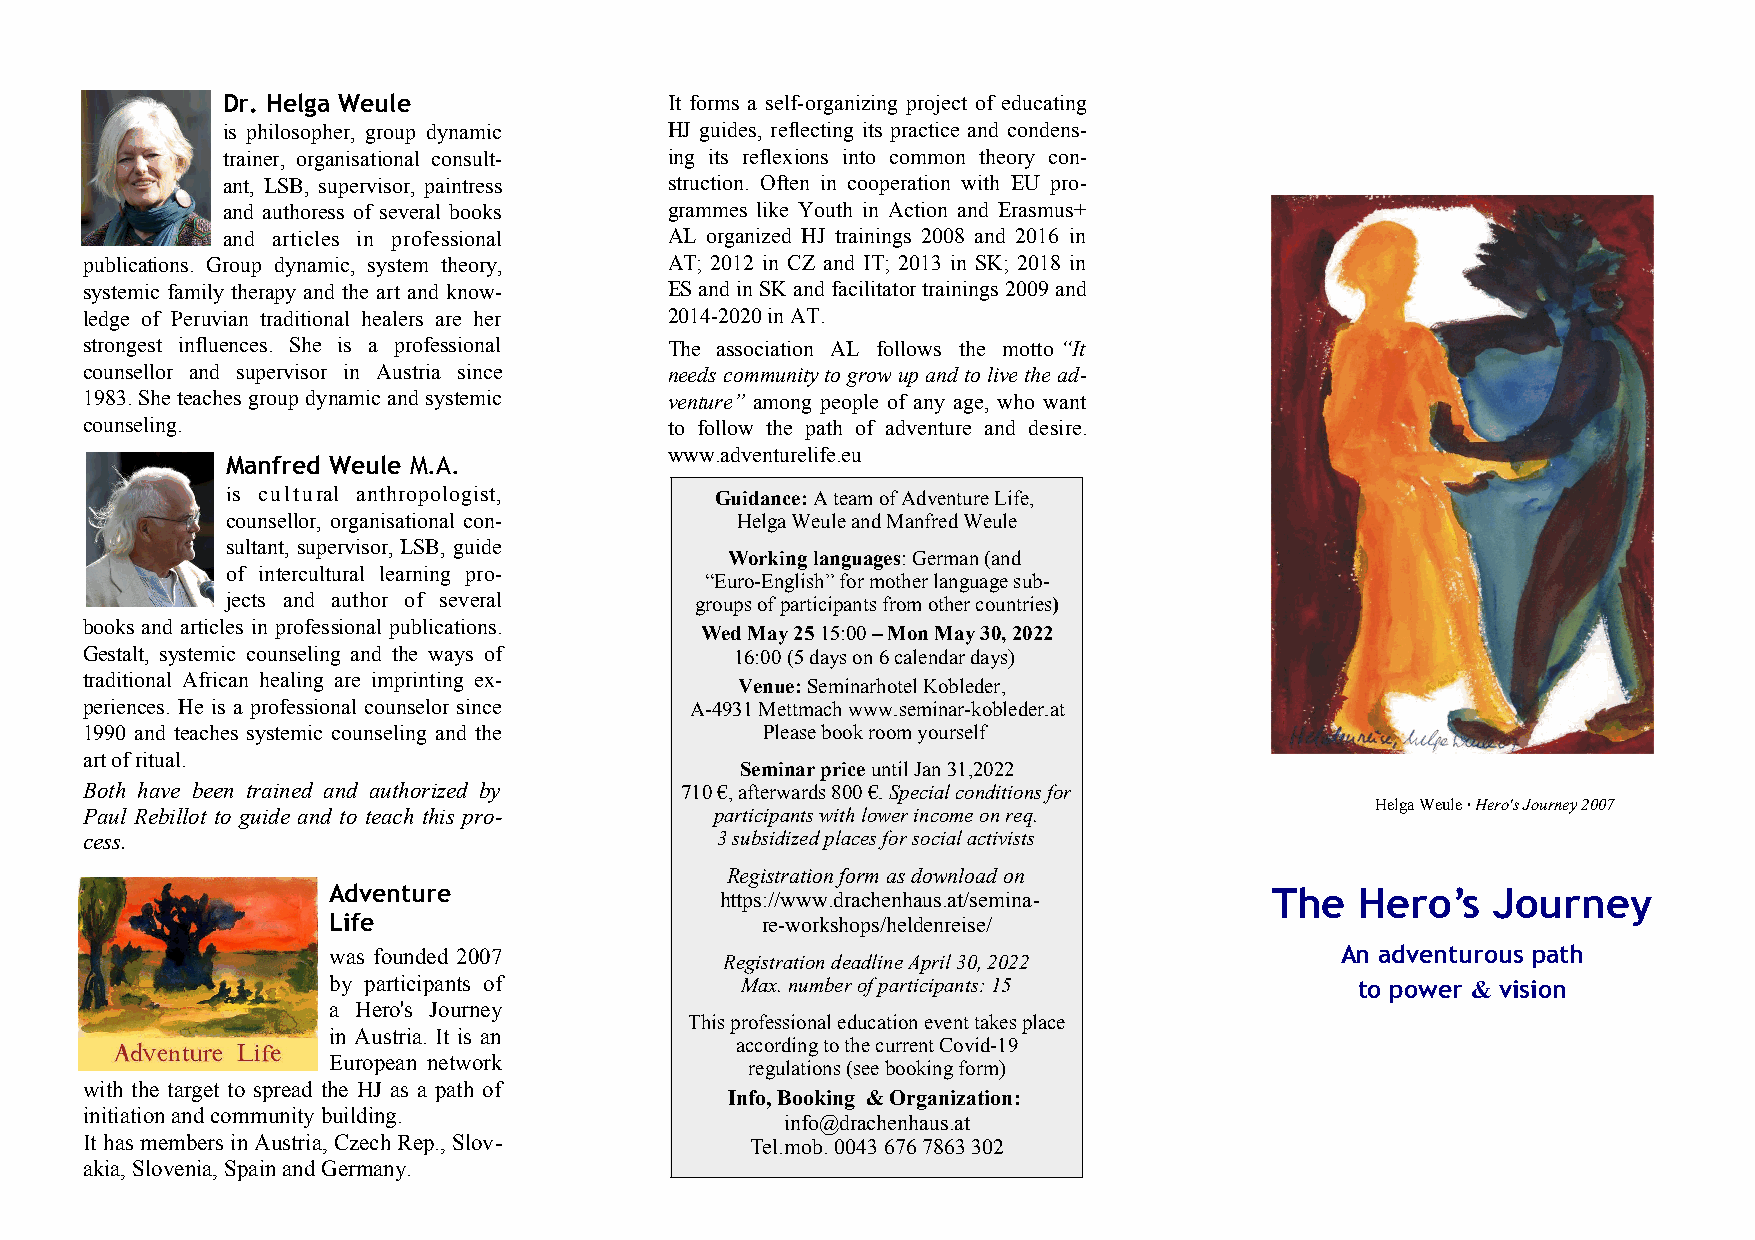
Dr. Helga Weule              It forms a self-organizing project of educating
 is philosopher, group dynamic HJ guides, reflecting its practice and condens-
 trainer, organisational consult- ing its reflexions into common theory con-
 ant, LSB, supervisor, paintress struction. Often in cooperation with EU pro-
 and authoress of several books grammes like Youth in Action and Erasmus+
 and articles in professional AL organized HJ trainings 2008 and 2016 in
 publications. Group dynamic, system theory, AT; 2012 in CZ and IT; 2013 in SK; 2018 in
 systemic family therapy and the art and know- ES and in SK and facilitator trainings 2009 and
 ledge of Peruvian traditional healers are her 2014-2020 in AT.
 strongest influences. She is a professional The association AL follows the motto“It
 counsellor and supervisor in Austria since needs community to grow up and to live the ad­
 1983. She teaches group dynamic and systemic venture” among people of any age, who want
 counseling.                            to follow the path of adventure and desire.
 www.adventurelife.eu
 Manfred Weule M.A.
 is cultural anthropologist,     Guidance: A team of Adventure Life,
 counsellor, organisational con-   Helga Weule and Manfred Weule
 sultant, supervisor, LSB, guide
 Working languages: German (and
 of intercultural learning pro-
 “Euro-English” for mother language sub-
 jects and author of several    groups of participants from other countries)
 books and articles in professional publications.
 Wed May 25 15:00 – Mon May 30, 2022
 Gestalt, systemic counseling and the ways of 16:00 (5 days on 6 calendar days)
 traditional African healing are imprinting ex- Venue: Seminarhotel Kobleder,
 periences. He is a professional counselor since A-4931 Mettmach www.seminar-kobleder.at
 1990 and teaches systemic counseling and the Please book room yourself
 art of ritual.
 Seminar price until Jan 31,2022
 Both have been trained and authorized by 710 €, afterwards 800 €. Special conditions for
 Helga Weule · Hero's Journey 2007
 Paul Rebillot to guide and to teach this pro­ participants with lower income on req.
 cess.                                     3 subsidized places for social activists
 Registration form as download on
 Adventure                 https://www.drachenhaus.at/semina-  The   Heroʼs   Journey
 Life                        re-workshops/heldenreise/
 was founded 2007                                                   An adventurous path
 Registration deadline April 30, 2022
 by participants of         Max. number of participants: 15          to power & vision
 a Hero's Journey
 This professional education event takes place
 in Austria. It is an
 according to the current Covid-19
 European network
 regulations (see booking form)
 with the target to spread the HJ as a path of
 Info, Booking & Organization:
 initiation and community building.
 info@drachenhaus.at
 It has members in Austria, Czech Rep., Slov- Tel.mob. 0043 676 7863 302
 akia, Slovenia, Spain and Germany.